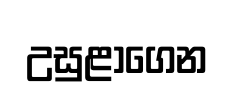
උසුළාගෙන